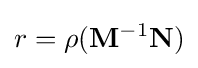
r=\rho (\mathbf {M} ^{-1}\mathbf {N} )